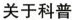
关于科普